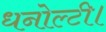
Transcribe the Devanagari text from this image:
धनोल्टी।